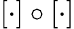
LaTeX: [\cdot]\circ[\cdot]